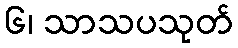
၆၊ သာသပသုတ်